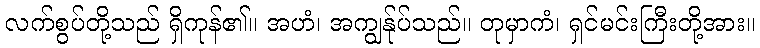
လက်စွပ်တို့သည် ရှိကုန်၏။ အဟံ၊ အကျွန်ုပ်သည်။ တုမှာကံ၊ ရှင်မင်းကြီးတို့အား။